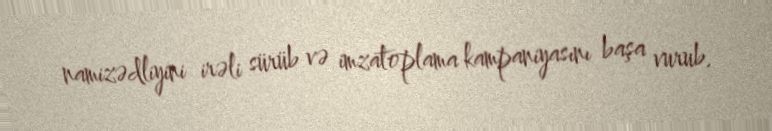
namizədliyini irəli sürüb və imzatoplama kampaniyasını başa vurub.